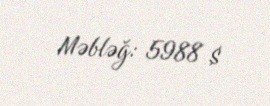
Məbləğ: 5988 $